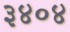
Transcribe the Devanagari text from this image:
३४०४